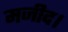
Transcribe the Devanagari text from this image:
मजीद।